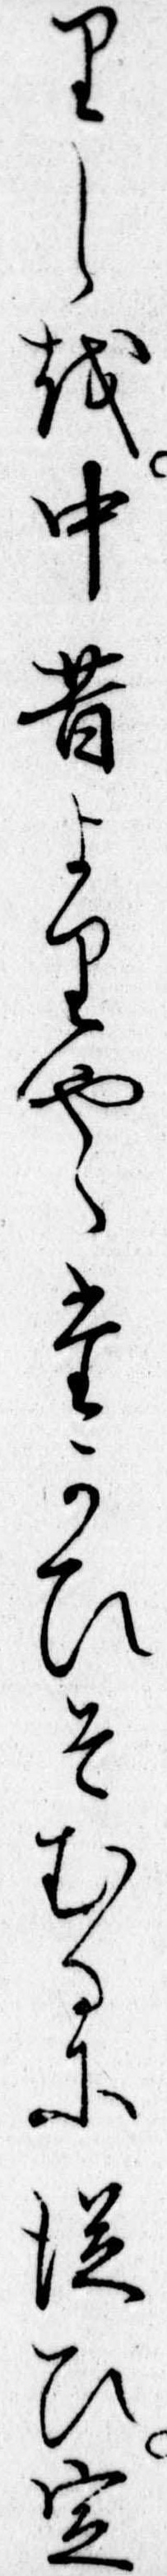
りしを中昔よりやゝたかひそむるに従ひ定